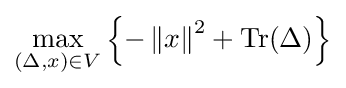
\max _{(\Delta ,{x})\in {V}}\left\{{-\left\|{x}\right\|^{2}+\operatorname {Tr} (\Delta )}\right\}